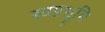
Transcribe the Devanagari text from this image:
स्वप्नभूमि